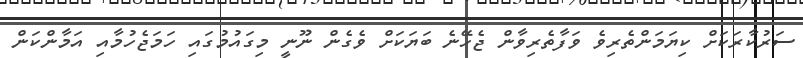
ސަރުކާރަކަށް ކިޔަމަންތެރިވެ ވަފާތެރިވާން ޖެހޭނެ ބަޔަކަށް ވެގެން ނޫނީ މިގައުމުގައި ހަމަޖެހުމާއި އަމާންކަން